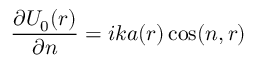
{ \frac { \partial { U _ { 0 } ( r ) } } { \partial n } } = i k a ( r ) \cos ( n , r )